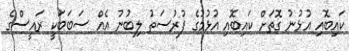
ކައިބޮއި އުޅުނު ގޮތަށް ކައިބޮއި އުޅުމުގެ ފުރުސަތު ލިބުނު އެއް ސަބަބަކީ ރައީސްގެ